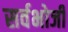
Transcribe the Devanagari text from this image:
सर्वभोजी